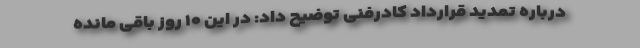
درباره تمدید قرارداد کادرفنی توضیح داد: در این ۱۰ روز باقی مانده